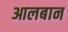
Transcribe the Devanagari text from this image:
आलबान